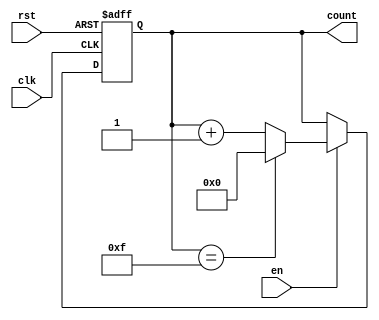
module multi_bit_counter #(
    parameter N = 4  // Define the bit width of the counter
)(
    input wire clk,      // Clock signal
    input wire rst,      // Asynchronous reset signal
    input wire en,       // Enable signal for counting
    output reg [N-1:0] count // N-bit counter value
);

// Define the maximum value the counter can hold based on the bit width
localparam MAX_COUNT = (1 << N) - 1;

always @(posedge clk or posedge rst) begin
    if (rst) begin
        // Asynchronous reset: set counter to 0
        count <= 0;
    end else if (en) begin
        // Count operation: increment the counter
        if (count == MAX_COUNT) begin
            count <= 0; // Wrap around if max is reached
        end else begin
            count <= count + 1; // Increment the counter
        end
    end
    // If en is low, the counter retains its current value
end

endmodule